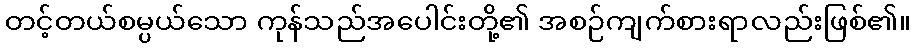
တင့်တယ်စမ္ပယ်သော ကုန်သည်အပေါင်းတို့၏ အစဉ်ကျက်စားရာလည်းဖြစ်၏။